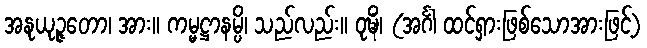
အနုယုဉ္ဇတော၊ အား။ ကမ္မဋ္ဌာနမ္ပိ၊ သည်လည်း။ ဝုဍ္ဎိံ၊ (အင်္ဂါ ထင်ရှားဖြစ်သောအားဖြင့်)